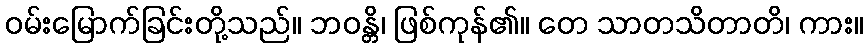
ဝမ်းမြောက်ခြင်းတို့သည်။ ဘဝန္တိ၊ ဖြစ်ကုန်၏။ တေ သာတသိတာတိ၊ ကား။